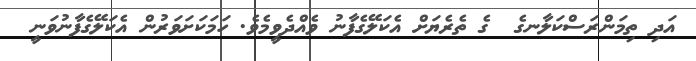
އަދި ތިމަންރަސްކަލާނގެ  ގެ ތެރެޔަށް އެކަލޭގެފާނު ވެއްދެވީމެވެ. ހަމަކަށަވަރުން އެކަލޭގެފާނުވަނީ